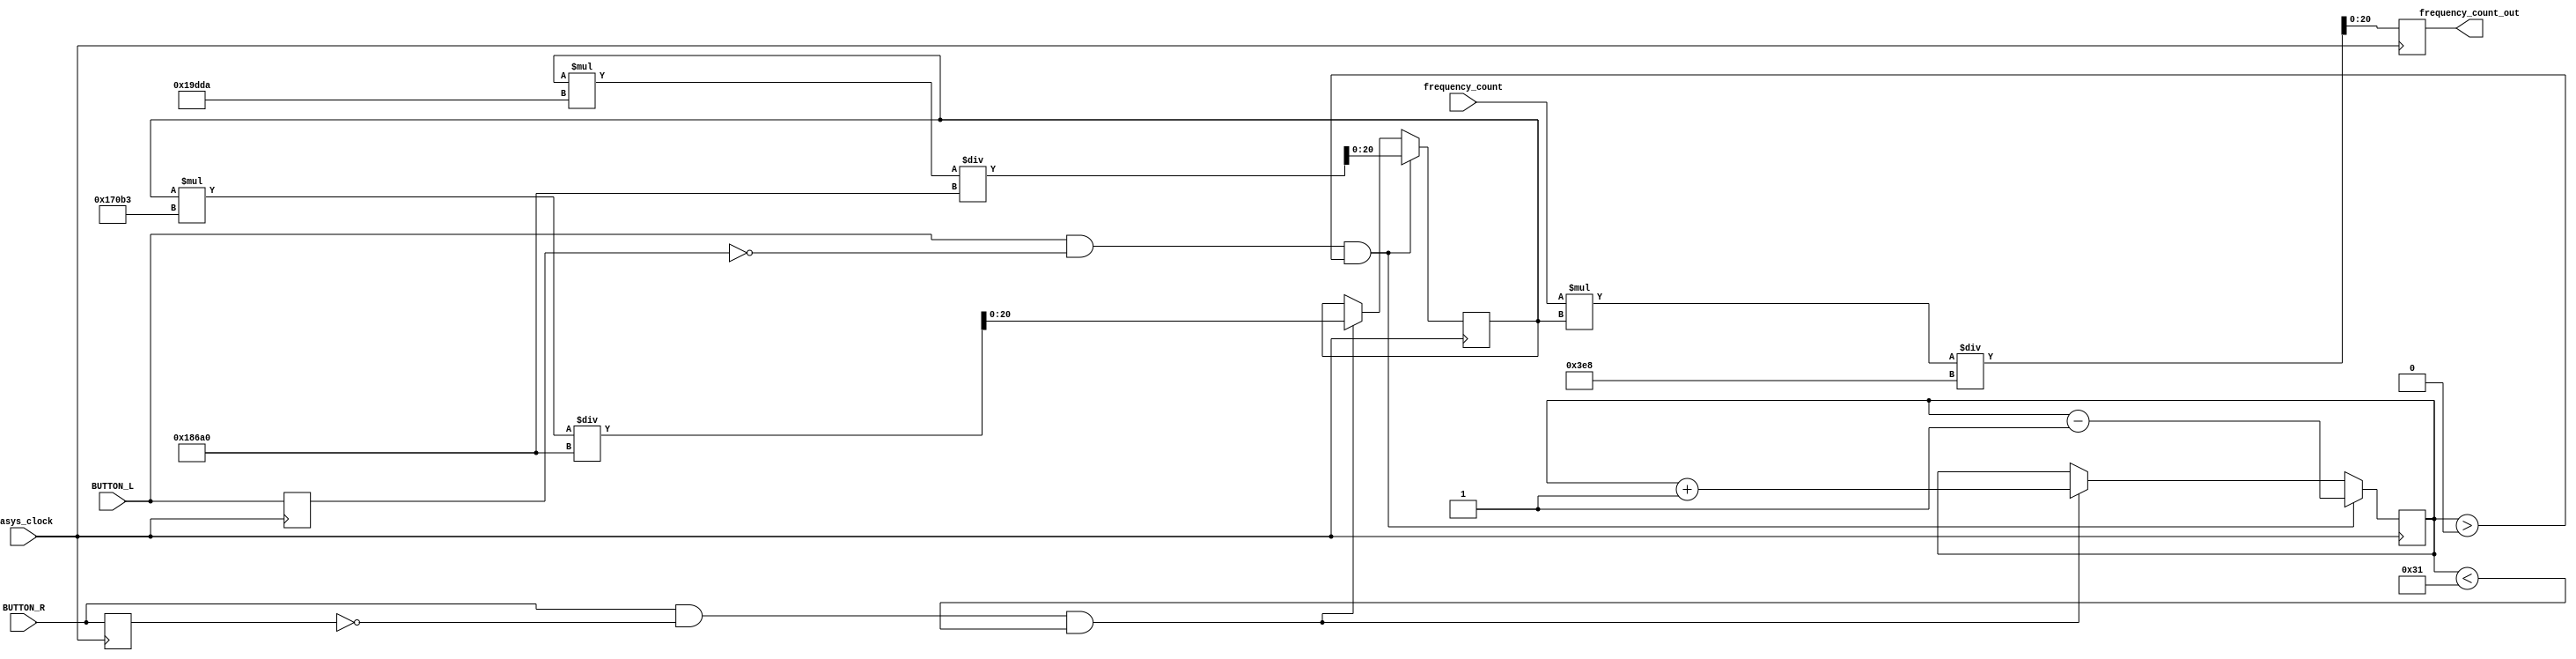
`timescale 1ns / 1ps
//////////////////////////////////////////////////////////////////////////////////
// Company: 
// Engineer: 
// 
// Design Name: 
// Module Name: pitch_changer
// Project Name: 
// Target Devices: 
// Tool Versions: 
// Description: 
// 
// Dependencies: 
// 
// Revision:
// Revision 0.01 - File Created
// Additional Comments:
// 
//////////////////////////////////////////////////////////////////////////////////


module pitch_changer(
    input basys_clock, 
    input BUTTON_L, 
    input BUTTON_R,
    input [20:0] frequency_count,
    output reg [20:0] frequency_count_out
    );
    
    reg previous_BTNR;
    reg previous_BTNL;
    reg [20:0] current_change;
    reg [5:0] pitch_number;
    
    initial begin
        current_change = 1000;
        pitch_number = 8;
    end
    
    always @ (posedge basys_clock)
    begin
        //every push will only be counted as one, not multiple
        if (BUTTON_R == 1 && previous_BTNR == 0 && pitch_number < 49)
        begin
            //increase pitch by 1 semitone
            current_change <= current_change * 94387 / 100000;
            pitch_number <= pitch_number + 1;
        end
        
        if (BUTTON_L == 1 && previous_BTNL == 0 && pitch_number > 0)
        begin
            //decrease pitch by 1 semitone
            current_change <= current_change * 105946 / 100000;
            pitch_number <= pitch_number - 1;
        end
        
        previous_BTNR = BUTTON_R;
        previous_BTNL = BUTTON_L;
        frequency_count_out <= frequency_count * current_change / 1000;
    end
    
endmodule